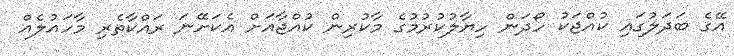
އޭގެ ބަދަލުގައި ކުއްޖަކު ހޯދަން ހިޔާލުކުރުމުގެ މާކުރިން ކުއްޖާއަށް އެކަށޭނަ ރައްކާތެރި މާހައުލެއް